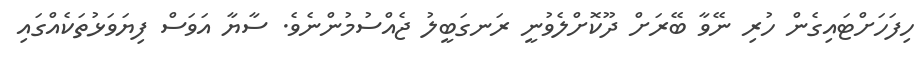
ހިފަހަށްޓައިގެން ހުރި ނޭވާ ބޭރަށް ދޫކޮށްލެވުނީ ރަނގަބީލު ޖެއްސުމުންނެވެ. ސާޔާ އަވަސް ފިޔަވަޅުތަކެއްގައި